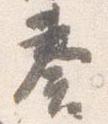
奏